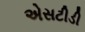
એસટીડી